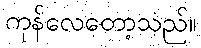
ကုန်လေတော့သည်။